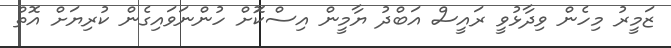
ޒަމީރު މިހެން ވިދާޅުވީ ރައީސް އަބްދު ޔާމީން އިސްކޮަށް ހުންނަވައިގެން ކުރިޔަށް އޮތް